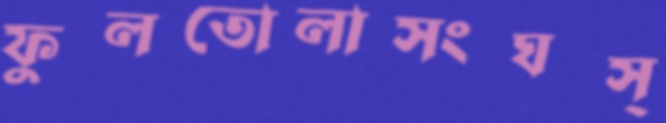
ফুলতোলাসংঘস্